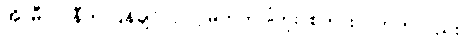
အို၊ မီလာနီက ပြန်ချင်လှလို့ မဟုတ်ပါဘူး၊ စကားလက်ကလည်း